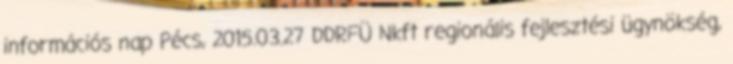
információs nap Pécs, 2015.03.27 DDRFÜ Nkft regionális fejlesztési ügynökség,